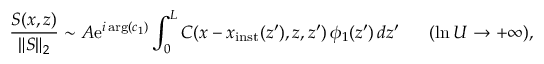
\frac { S ( x , z ) } { \| S \| _ { 2 } } \sim A \mathrm { e } ^ { i \arg ( c _ { 1 } ) } \int _ { 0 } ^ { L } C ( x - x _ { \mathrm { i n s t } } ( z ^ { \prime } ) , z , z ^ { \prime } ) \, \phi _ { 1 } ( z ^ { \prime } ) \, d z ^ { \prime } \ \ \ \ \ ( \ln U \to + \infty ) ,